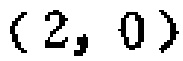
$(2,0)$